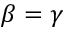
\beta = \gamma